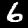
Label: 6